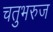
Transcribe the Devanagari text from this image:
चतुभरुज